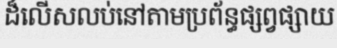
ដ៏លើសលប់នៅតាមប្រព័ន្ធផ្សព្វផ្សាយ